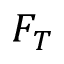
F _ { T }